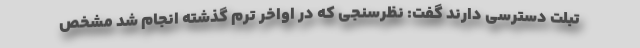
تبلت دسترسی دارند گفت: نظرسنجی که در اواخر ترم گذشته انجام شد مشخص